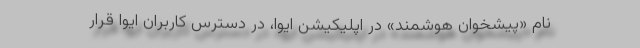
نام «پیشخوان هوشمند» در اپلیکیشن ایوا، در دسترس کاربران ایوا قرار